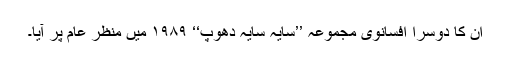
ان کا دوسرا افسانوی مجموعہ ’’سایہ سایہ دھوپ‘‘ ۱۹۸۹ میں منظر عام پر آیا۔